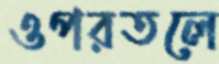
ওপরতলে